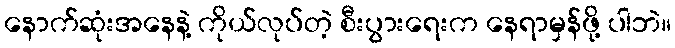
နောက်ဆုံးအနေနဲ့ ကိုယ်လုပ်တဲ့ စီးပွားရေးက နေရာမှန်ဖို့ ပါဘဲ။